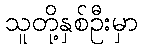
သူတို့နှစ်ဦးမှာ